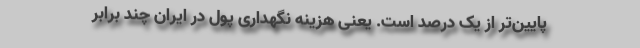
پایین‌تر از یک درصد است. یعنی هزینه نگهداری پول در ایران چند برابر